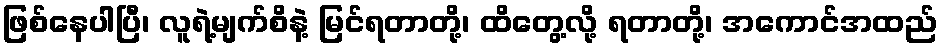
ဖြစ်နေပါပြီ၊ လူရဲ့မျက်စိနဲ့ မြင်ရတာတို့၊ ထိတွေ့လို့ ရတာတို့၊ အကောင်အထည်